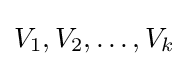
V_{1},V_{2},\ldots ,V_{k}